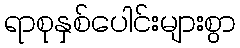
ရာစုနှစ်ပေါင်းများစွာ